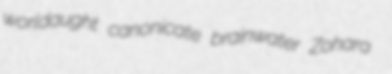
worldaught canonicate brainwater Zohara